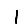
Digit: 1